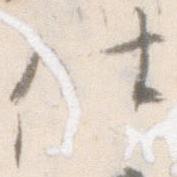
仕